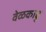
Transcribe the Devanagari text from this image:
वेळकाढु